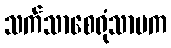
သက်သာစေရုံသာမက